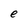
Character: e